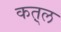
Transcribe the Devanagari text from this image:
कत़्ल